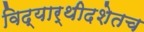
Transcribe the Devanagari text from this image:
विद्यार्थीदशेतच